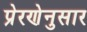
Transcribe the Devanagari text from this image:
प्रेरणेनुसार